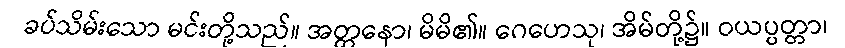
ခပ်သိမ်းသော မင်းတို့သည်။ အတ္တနော၊ မိမိ၏။ ဂေဟေသု၊ အိမ်တို့၌။ ဝယပ္ပတ္တာ၊